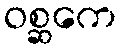
ဝစ္ဆကေ